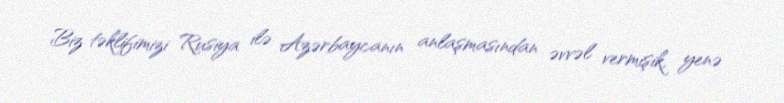
Biz təklifimizi Rusiya ilə Azərbaycanın anlaşmasından əvvəl vermişik, yenə